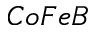
C o F e B